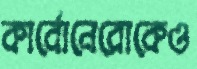
কার্বোনেরোকেও